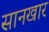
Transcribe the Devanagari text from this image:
सानखार